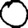
Digit: 0